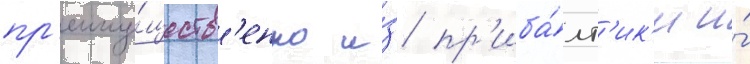
пр'еиму́ществ'енно и́з пр'иба́лт'ик'и и́